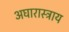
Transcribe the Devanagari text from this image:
अघारास्त्राय